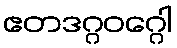
ဧတဒဂ္ဂဝဂ္ဂေါ